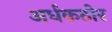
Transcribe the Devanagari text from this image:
अर्धकठोर